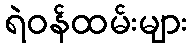
ရဲဝန်ထမ်းများ